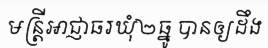
មន្ត្រីអាជ្ញាធរឃុំ២ធ្នូ បានឲ្យដឹង